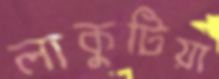
লাকুটিয়া